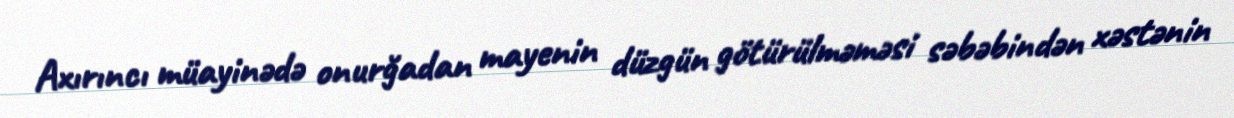
Axırıncı müayinədə onurğadan mayenin düzgün götürülməməsi səbəbindən xəstənin